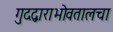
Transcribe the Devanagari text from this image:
गुदद्वाराभोवतालचा